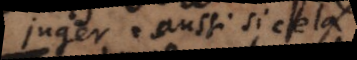
juger aussi si cela